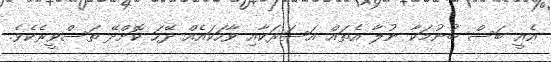
އެއީ ބަސް ބުނުމަކާ ނުލާ އެތައް އަސަރަކާއި ވާހަކައެއް ދޭހަ ކޮށްދޭ ތަސްވީރެކެެވެ.